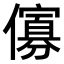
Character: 𠏶